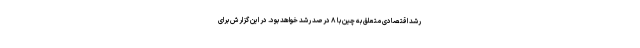
رشد اقتصادی متعلق به چین با ۸ درصد رشد خواهد بود. در این گزارش برای